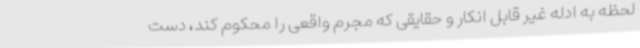
لحظه به ادله غیر قابل انکار و حقایقی که مجرم واقعی را محکوم کند، دست